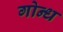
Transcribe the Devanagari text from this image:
गोन्ध